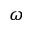
\omega